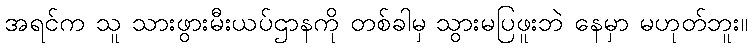
အရင်က သူ သားဖွားမီးယပ်ဌာနကို တစ်ခါမှ သွားမပြဖူးဘဲ နေမှာ မဟုတ်ဘူး။